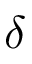
\delta